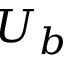
U _ { b }